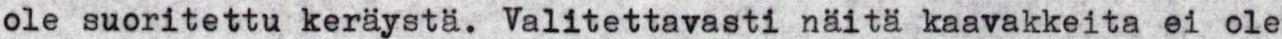
ole suoritettu keräystä. Valitettavasti näitä kaavakkeita ei ole